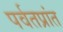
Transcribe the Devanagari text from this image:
पर्वतप्रांत